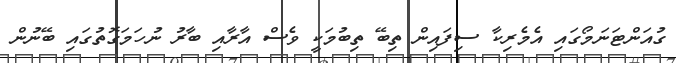
ގުއަންޓަނަމޯގައި އެމެރިކާ ސިފައިން ތިބޭ ތިބުމަކީ ވެސް އާރާއި ބާރު ނުހަމަގޮތުގައި ބޭނުން